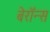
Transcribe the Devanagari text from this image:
बेरॉन्स